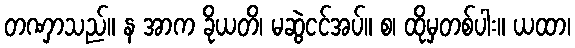
တဏှာသည်။ န အာက ခိုယတိ၊ မဆွဲငင်အပ်။ စ၊ ထိုမှတစ်ပါး။ ယထာ၊